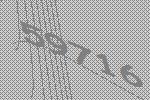
59716